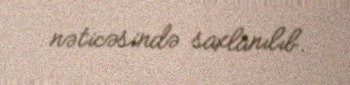
nəticəsində saxlanılıb.